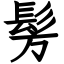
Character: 髣